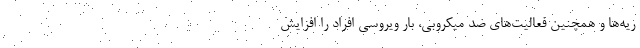
ریه‌ها و همچنین فعالیت‌های ضد میکروبی، بار ویروسی افراد را افزایش